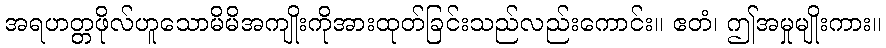
အရဟတ္တဖိုလ်ဟူသောမိမိအကျိုးကိုအားထုတ်ခြင်းသည်လည်းကောင်း။ ဧတံ၊ ဤအမှုမျိုးကား။